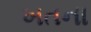
ખતના